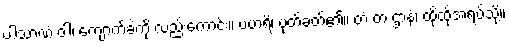
ပါသာဏံ ဝါ၊ ကျောက်ခဲကို လည်းကောင်း။ ပဟရိ၊ ပုတ်ခတ်၏။ တံ တံ ဌာနံ၊ ထိုထိုအရပ်သို့။